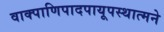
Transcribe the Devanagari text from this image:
वाक्पाणिपादपायूपस्थात्मने